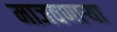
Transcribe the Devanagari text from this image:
माजवणाऱ्या